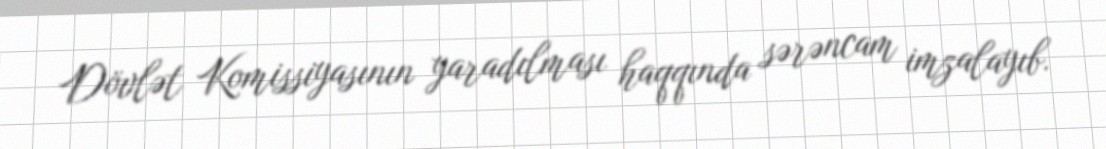
Dövlət Komissiyasının yaradılması haqqında sərəncam imzalayıb.